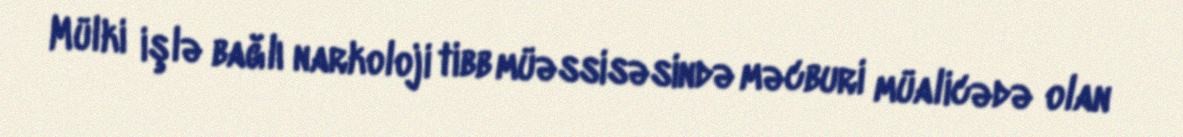
Mülki işlə bağlı narkoloji tibb müəssisəsində məcburi müalicədə olan